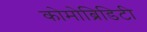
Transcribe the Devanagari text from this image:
कोमोब्रिडिटी